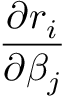
\frac { \partial r _ { i } } { \partial \beta _ { j } }